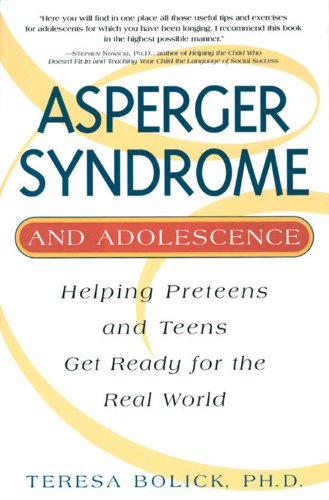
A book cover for Asperger Syndrome and Adolescence: Helping Preteens & Teens Get Ready for the Real World; Teresa Bolick; Health, Fitness & Dieting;